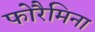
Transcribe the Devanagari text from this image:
फोरैमिना